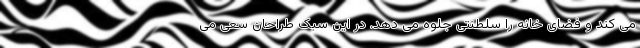
می کند و فضای خانه را سلطنتی جلوه می دهد. در این سبک طراحان سعی می